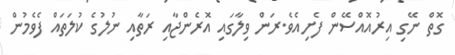
ގޮތް ނޭގި އިރުއޮއްސޭން ފެށިއެވެ.ރަން ވިލާގައި އޮރެންޖާއި ރަތާއި ނުލުގެ ކުލަތައް ފެވެމުން